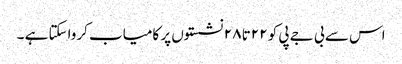
اس سے بی جے پی کو ۲۲تا ۲۸ نشستوں پر کامیاب کرواسکتا ہے ۔